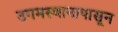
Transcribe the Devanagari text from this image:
उगमस्थानापासून